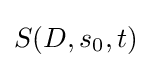
S(D,s_{0},t)